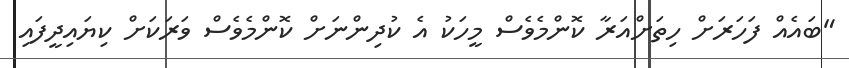
"ބައެއް ފަހަރަށް ހިތަށްއަރާ ކޮންމެވެސް މީހަކު އެ ކުދިންނަށް ކޮންމެވެސް ވަރަކަށް ކިޔައިދީފައި